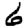
Digit: 6